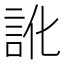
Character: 訛